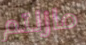
مازلتم